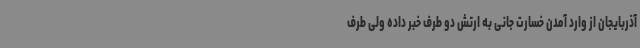
آذربایجان از وارد آمدن خسارت جانی به ارتش دو طرف خبر داده ولی طرف